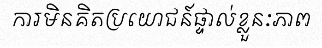
ការមិនគិតប្រយោជន៍ផ្ទាល់ខ្លួនៈភាព